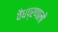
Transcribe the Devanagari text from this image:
वैधप्रणाली